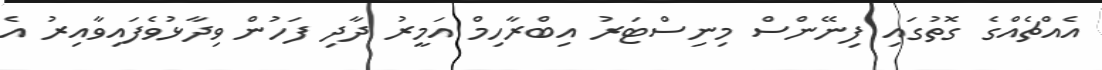
އެއްޗެއްގެ ގޮތުގައި ފިނޭންސް މިނިސްޓަރު އިބްރާހިމް އަމީރު ދާދި ފަހުން ވިދާޅުވެފައިވާއިރު އެ